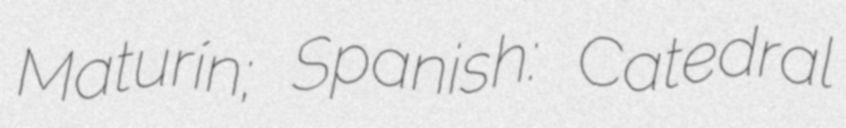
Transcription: Maturín; Spanish: Catedral